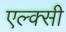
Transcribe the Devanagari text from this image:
एल्क्सी